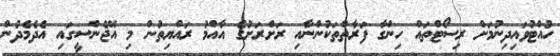
ހުއްޓުވައިދިނުމަށް ރިސޯޓްތައް ހިންގާ ފަރާތްތަކުންނާއި ރަށްރަށުގެ އާއްމު ރައްޔިތުން މި އޭޖެންސީގައި އެދެމެދުން